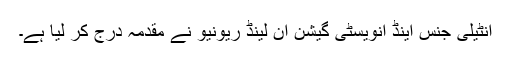
انٹیلی جنس اینڈ انویسٹی گیشن ان لینڈ ریونیو نے مقدمہ درج کر لیا ہے۔